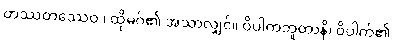
တဿတဿေဝ ၊ ထိုမဂ်၏ အသာလျှင်။ ဝိပါကဘူတာနိ၊ ဝိပါက်၏